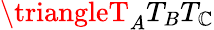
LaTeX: \triangleT_{A}T_{B}T_{\mathbb{C}}